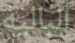
الباليه